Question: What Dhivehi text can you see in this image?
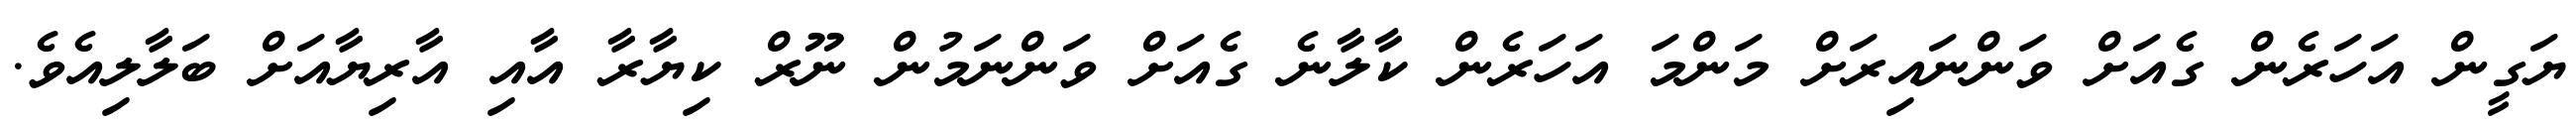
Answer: ޔަގީން އަހަރެން ގެއަށް ވަންނައިރަށް މަންމަ އަހަރެން ކާލާނެ ގެއަށް ވަންނަމުން ނޫރް ކިޔާރާ އާއި އާރިޔާއަށް ބަލާލިއެވެ.